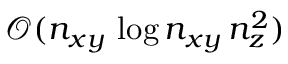
\mathcal { O } ( n _ { x y } \, \log n _ { x y } \, n _ { z } ^ { 2 } )